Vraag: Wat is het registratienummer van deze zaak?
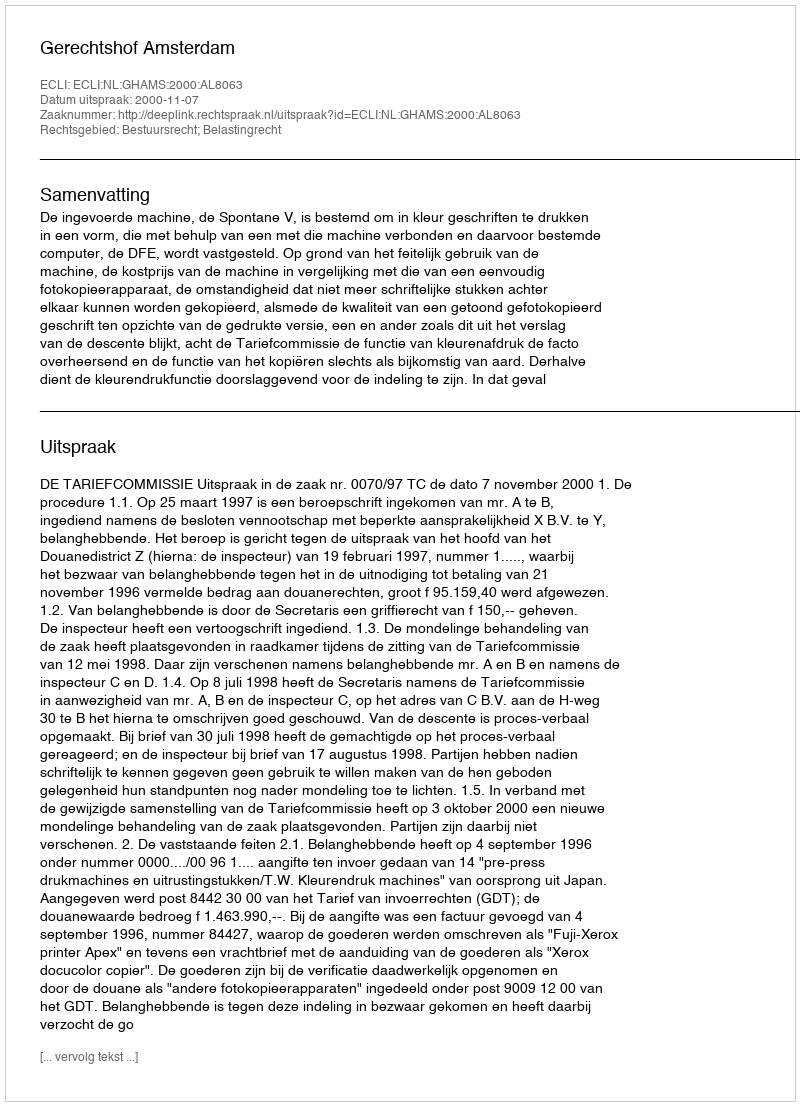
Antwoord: http://deeplink.rechtspraak.nl/uitspraak?id=ECLI:NL:GHAMS:2000:AL8063